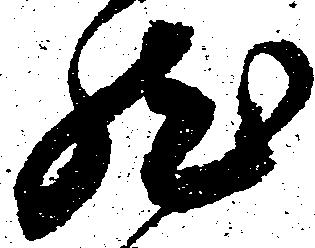
然